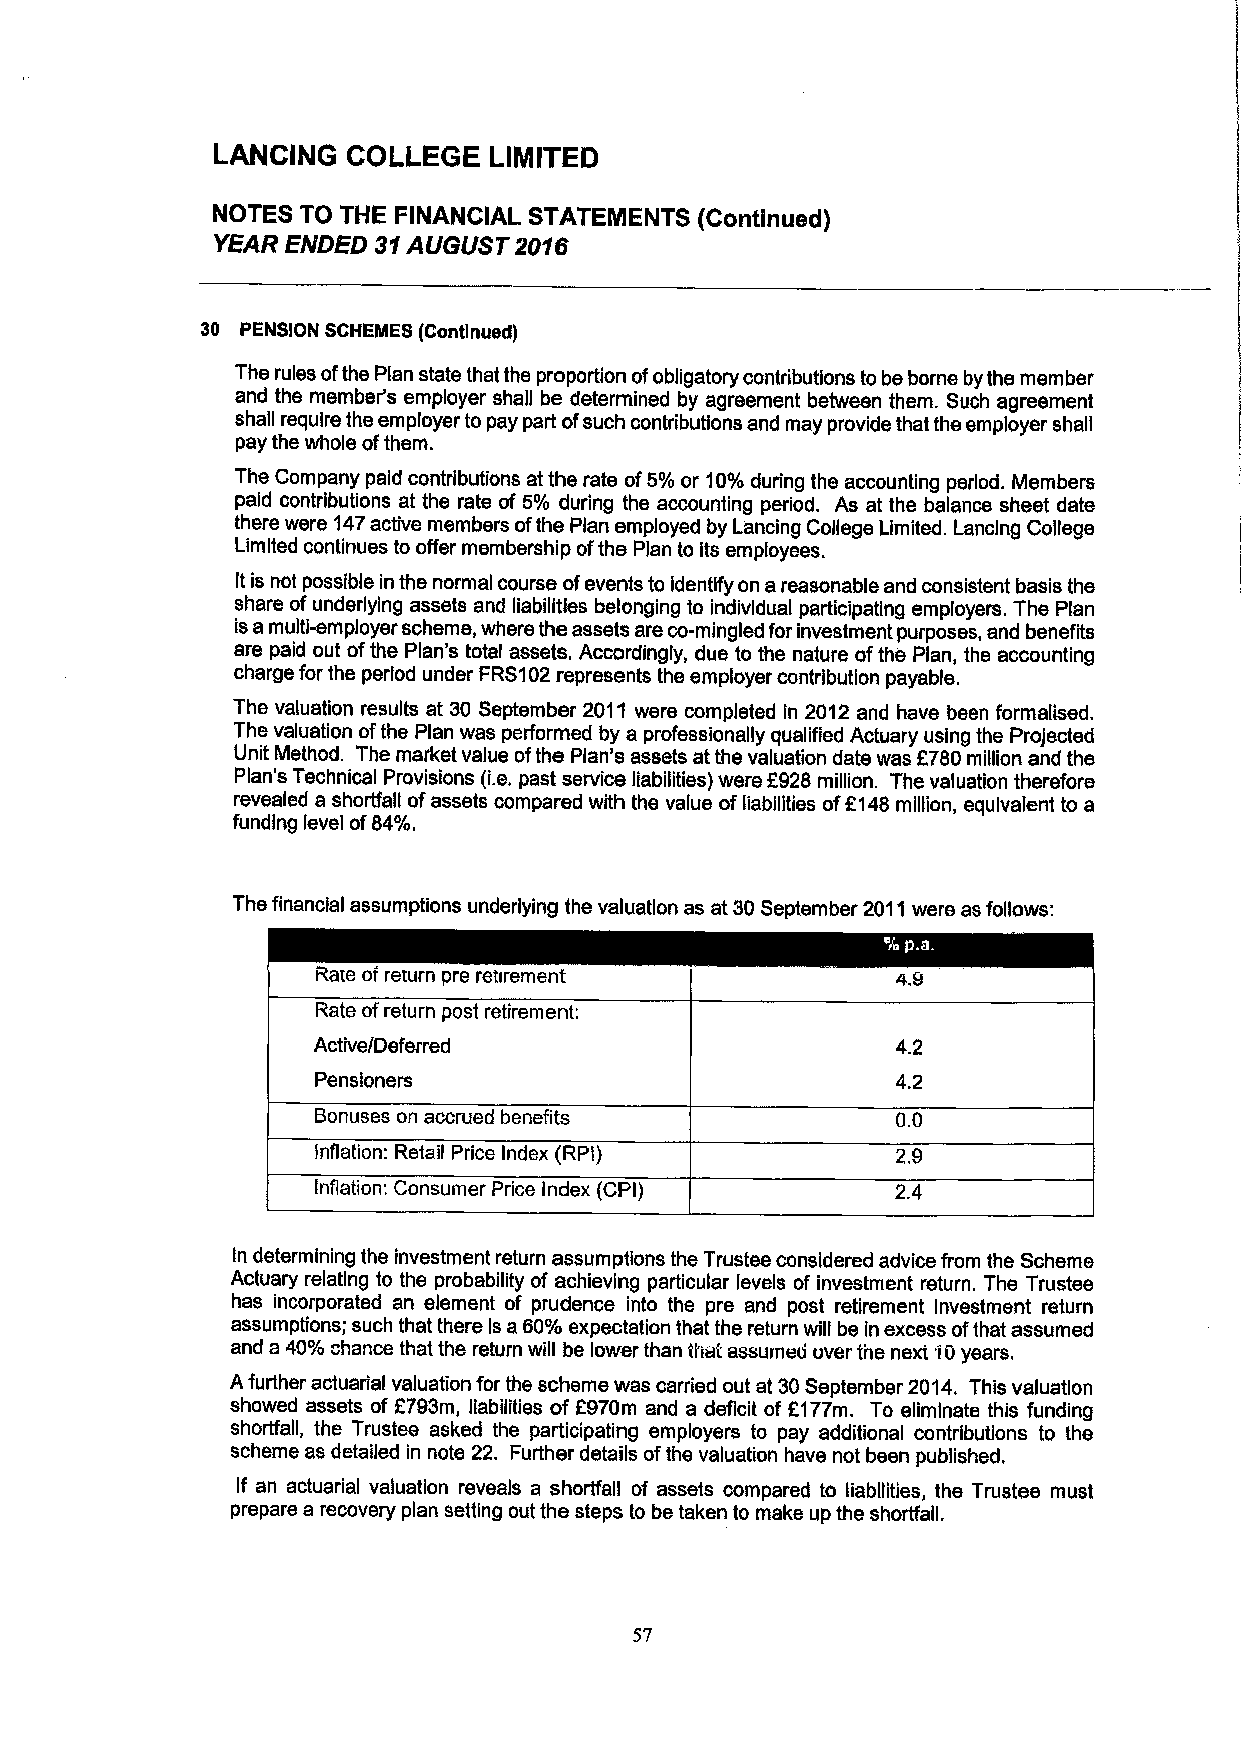
LANCING  COLLEGE  LIMITED
 NOTES TO THE FINANCIAL STATEMENTS (Continued)
 YEAR ENDED 31AUGUST 2016
 30 PENSION SCHEME8 (Continued}
 The rules ofthe Plan state that the proportion ofobligatory contributions to be borne bythe member
 and the member's employer shall be determined by agreement between them. Such agreement
 shall require the employer to pay part ofsuch contributions and may provide that the employer shall
 pay the whole ofthem.
 The Company paid contributions at the rate of5%or 10%during the accounting period. Members
 paid contributions at the rate of 5% during the accounting period, As at the balance sheet date
 there were 147active members ofthe Plan employed by Lancing College Limited. Lancing College
 Limited continues to offer membership ofthe Plan to its employees.
 lt is not possible in the normal course ofevents to identify on areasonable and consistent basis the
 share ofunderlying assets and liabilities belonging to individual participating employers. The Plan
 isa multi-employer scheme, where the assets are co-mingled for investment purposes, and benefits
 are paid out ofthe Plan's total assets. Accordingly, due to the nature ofthe Plan, the accounting
 charge for the period under FRS102represents the employer contribution payable.
 The valuation results at 30 September 2011 were completed in 2012 and have been formalised.
 The valuation ofthe Plan was performed by a professionally qualified Actuary using the Projected
 Unit Method. The market value ofthe Plan's assets at the valuation date was F780million and the
 Plan's Technical Provisions (i.e.past service liabilities) were f 928million. The valuation therefore
 revealed a shortfall ofassets compared with the value ofliabilities off148 million, equivalent to a
 funding level of84%.
 The financial assumptions underlying the valuation as at 30September 2011were as follows:
 Rate of return pre retirement
 Rate ofreturn post retirement:
 Active/Deferred                       4,2
 Pensioners                            4.2
 Bonuses on accrued benefits           0.0
 Inflation: Retail Price Index (RPI)
 Inflation: Consumer Price Index (CPI) 2.4
 In determining the investment return assumptions the Trustee considered advice from the Scheme
 Actuary relating to the probability of achieving particular levels of investment return. The Trustee
 has incorporated an element of prudence into the pre and post retirement Investment return
 assumptions; such that there is a60%expectation that the return wilt be in excess ofthat assumed
 and a 40k chance that the return will be lower than that assumeu over the next i0 years.
 Afurther actuarial valuation for the scheme was carried out at 30September 2014. This valuation
 showed assets of 2793m, liabilities of 8970m and a deficit of 6177m. To eliminate this funding
 shortfall, the Trustee asked the participating employers to pay additional contributions to the
 scheme as detailed in note 22. Further details ofthe valuation have not been published,
 If an actuarial valuation reveals a shortfall of assets compared to liabilities, the Trustee must
 prepare a recovery plan setting out the steps to be taken to make up the shortfall.
 57